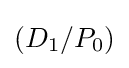
(D_{1}/P_{0})